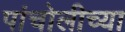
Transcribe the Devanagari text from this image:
पांचोलीच्या